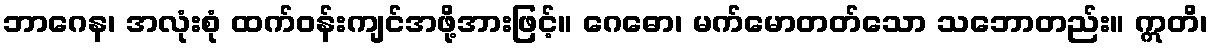
ဘာဂေန၊ အလုံးစုံ ထက်ဝန်းကျင်အဖို့အားဖြင့်။ ဂေဓော၊ မက်မောတတ်သော သဘောတည်း။ ဣတိ၊